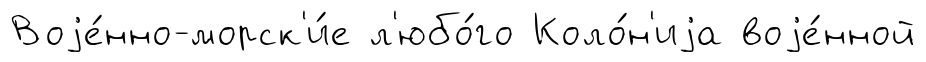
Воjе́нно-морск'и́е л'юбо́го Коло́н'иjа воjе́нной